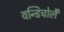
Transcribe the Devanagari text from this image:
वन्डिचोलै